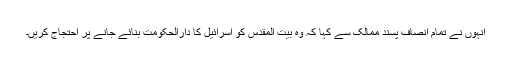
انہوں نے تمام انصاف پسند ممالک سے کہا کہ وہ بیت المقدس کو اسرائیل کا دارالحکومت بنائے جانے پر احتجاج کریں۔